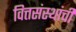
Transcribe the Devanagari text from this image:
वित्तसंस्थांची